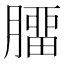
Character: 𦠝